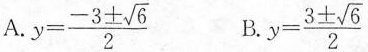
A. $$y= \frac{-3 \pm \sqrt{6}}{2}$$ B. $$y= \frac{3 \pm \sqrt{6}}{2}$$